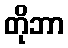
တိုဘာ